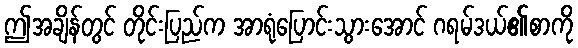
ဤအချိန်တွင် တိုင်းပြည်က အာရုံပြောင်းသွားအောင် ဂရမ်ဒယ်၏စာကို